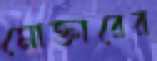
মোক্তারের